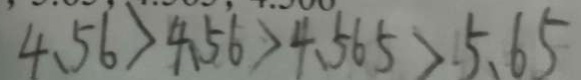
4 . 5 6 > 4 . 5 6 > 4 . 5 6 5 > 5 . 6 5